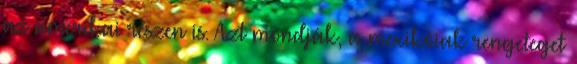
az amerikai részen is. Azt mondják, a mexikóiak rengeteget